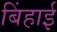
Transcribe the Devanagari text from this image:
बिंहाई